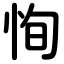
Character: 恂